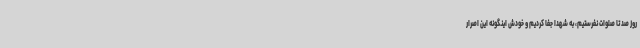
روز صد تا صلوات نفرستیم، به شهدا جفا کردیم و خودش اینگونه این اصرار